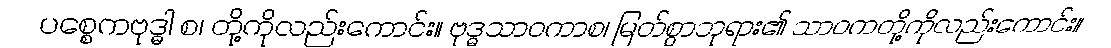
ပစ္စေကဗုဒ္ဓါ စ၊ တို့ကိုလည်းကောင်း။ ဗုဒ္ဓသာဝကာစ၊ မြတ်စွာဘုရား၏ သာဝကတို့ကိုလည်းကောင်း။